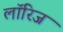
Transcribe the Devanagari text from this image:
लॉरिज